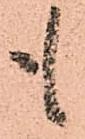
も